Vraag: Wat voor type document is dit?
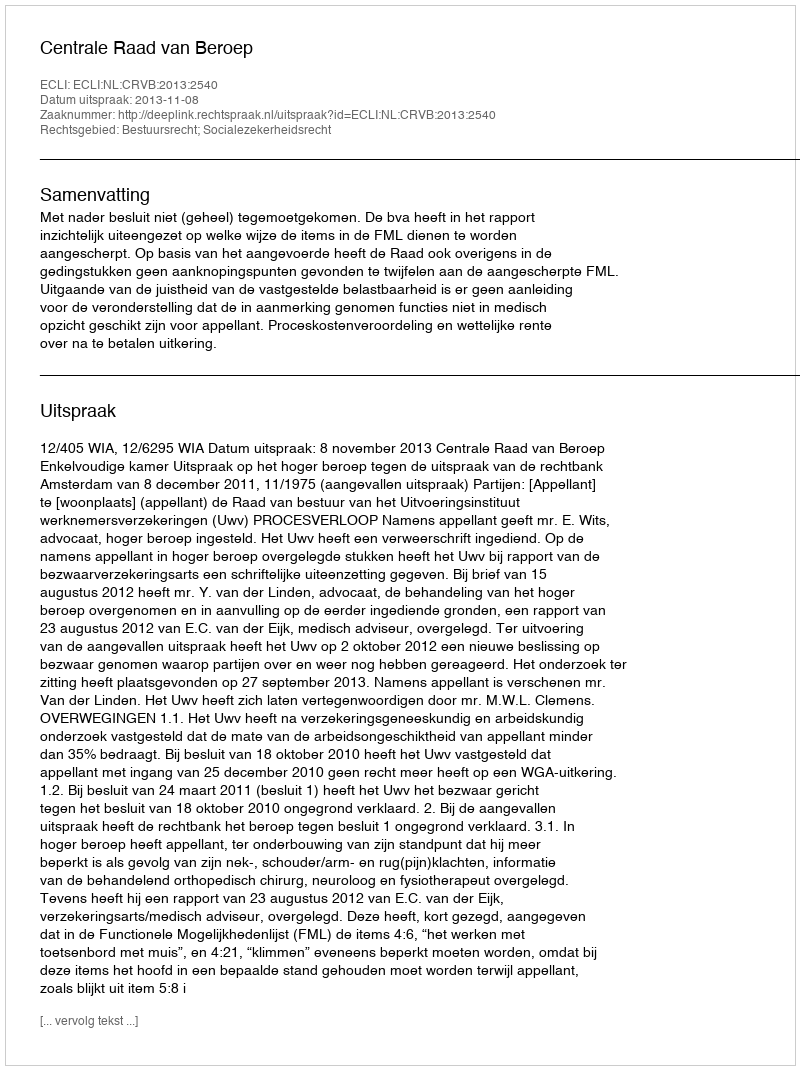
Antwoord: Uitspraak